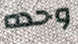
وحده